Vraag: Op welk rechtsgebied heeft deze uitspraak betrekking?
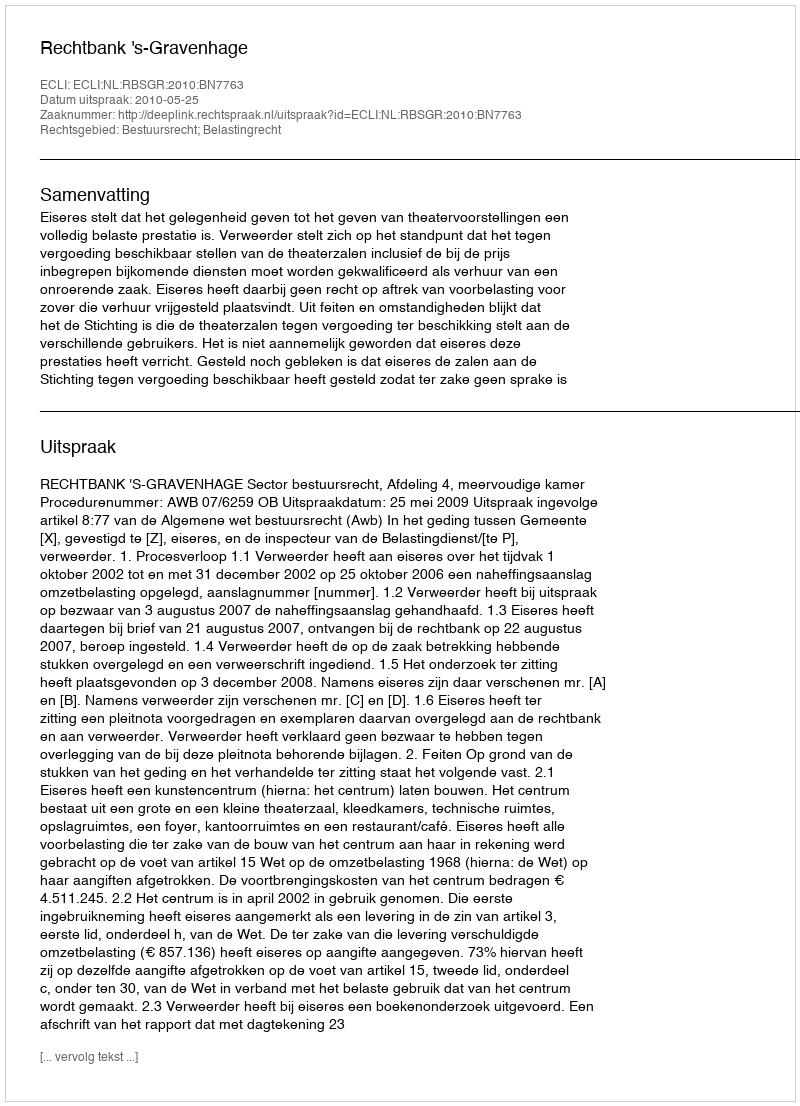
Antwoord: Bestuursrecht; Belastingrecht